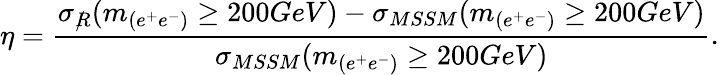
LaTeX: \eta=\frac{\sigma_{\rlap/{R}}(m_{(e^{+}e^{-})}\geq 200GeV)-\sigma_{MSSM}(m_{(e^{+}e^{-})}\geq 200GeV)}{\sigma_{MSSM}(m_{(e^{+}e^{-})}\geq 200GeV)}.